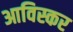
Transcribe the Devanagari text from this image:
आविस्कर